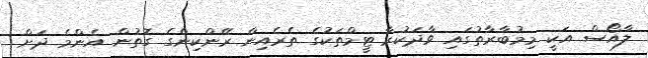
ލާއޯސް އަކީ މިމުބާރާތުގައި ވާދަކުރާ ޓީމްތަކުގެ ތެރެއިން ރޭންކިންގެ ގޮތުން އެންމެ ދަށް